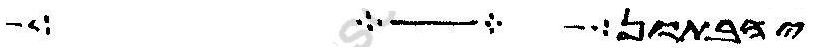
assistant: יהון שבע